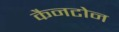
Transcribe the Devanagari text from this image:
कैनटोन